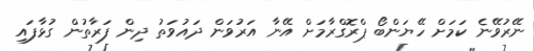
ނޭރުވޭނެ ކަމަށް ހޭޔަންބޯ ޕްރޮގްްރާމަށް އޭނާ އަރުވަން ދައުވަތު ދިން ފަރާތުން ގުޅާފައި